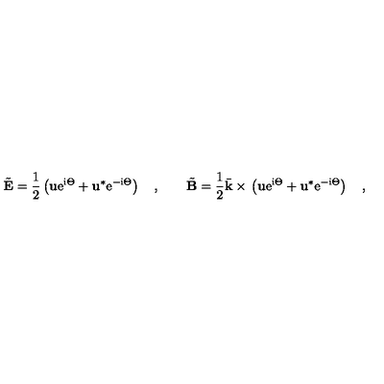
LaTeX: \tilde { { \bf E } } { } = { } \frac { 1 } { 2 } \left( { \bf u } \mathrm { e } ^ { \mathrm { i } \Theta } { } + { } { \bf u } ^ { * } \mathrm { e } ^ { - \mathrm { i } \Theta } \right) \quad , \qquad \tilde { { \bf B } } { } = { } \frac { 1 } { 2 } \bar { \bf k } { } \times { } \left( { \bf u } \mathrm { e } ^ { \mathrm { i } \Theta } { } + { } { \bf u } ^ { * } \mathrm { e } ^ { - \mathrm { i } \Theta } \right) \quad ,